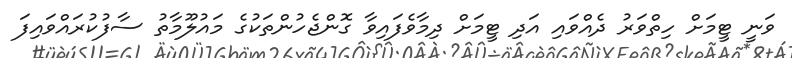
ވަނީ ޓީމަށް ހިތްވަރު ދެއްވައި އަދި ޓީމަށް ދިމާވެފައިވާ ގޮންޖެހުންތަކުގެ މައުލޫމާތު ސާފުކުރައްވައިފަ